Annual report of the Punjab Veterinary College and of the Civil Veterinary Department, Punjab - 1920-1925
Year: 1920
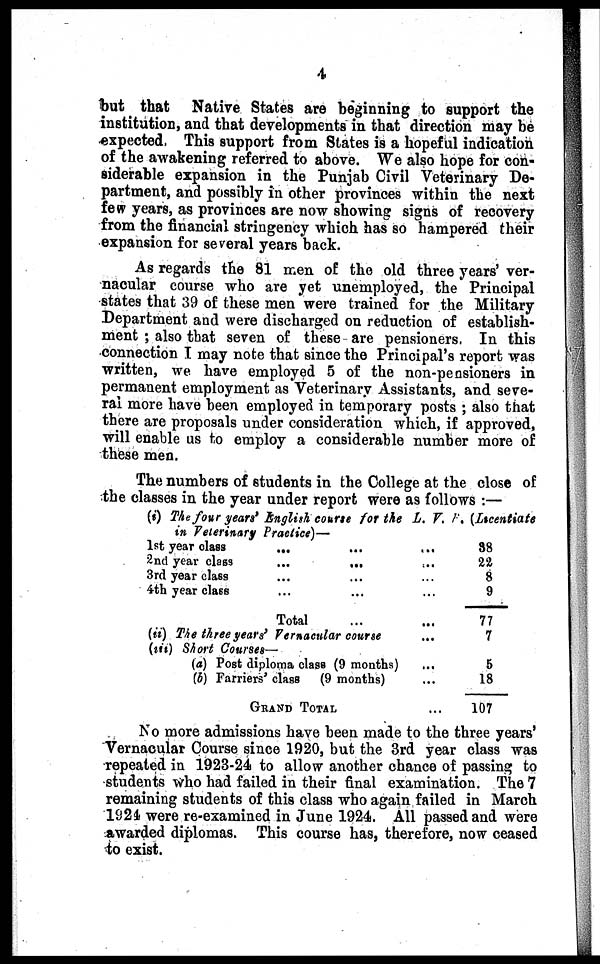
4
but that Native States are beginning to support the
institution, and that developments in that direction may be
expected. This support from States is a hopeful indication
of the awakening referred to above. We also hope for con-
siderable expansion in the Punjab Civil Veterinary De-
partment, and possibly in other provinces within the next
few years, as provinces are now showing signs of recovery
from the financial stringency which has so hampered their
expansion for several years back.
As regards the 81 men of the old three years' ver-
nacular course who are yet unemployed, the Principal
states that 39 of these men were trained for the Military
Department and were discharged on reduction of establish-
ment; also that seven of these are pensioners. In this
connection I may note that since the Principal's report was
written, we have employed 5 of the non-pensioners in
permanent employment as Veterinary Assistants, and seve-
ral more have been employed in temporary posts; also that
there are proposals under consideration which, if approved,
will enable us to employ a considerable number more of
these men.
The numbers of students in the College at the close of
the classes in the year under report were as follows:—
(i) The four year' English course for the L. V. F. (Licentiate
in Veterinary Practice)—
1st year class
...
...
...
2nd year clag9
...
...
...
3rd year class ... ... ...
4th year class ... ... ... ...
Total ... ...
(ii) The three years' Vernacular course ... ...
(iii) Short Courses—
(a) Post diploma class (9 months) ... ... ...
(b) Farriers' class (9 months) ...
GRAND TOTAL ... ... ...
38
22 8
9
77
7
5
18
107
No more admissions have been made to the three years'
Vernacular Course since 1920, but the 3rd year class was
repeated in 1923-24 to allow another chance of passing to
students who had failed in their final examination. The 7
remaining students of this class who again failed in March
1924 were re-examined in June 1924. All passed and were
awarded diplomas. This course has, therefore, now ceased
to exist.